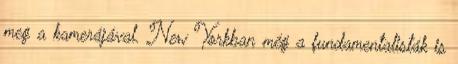
meg a kamerájával. New Yorkban még a fundamentalisták is